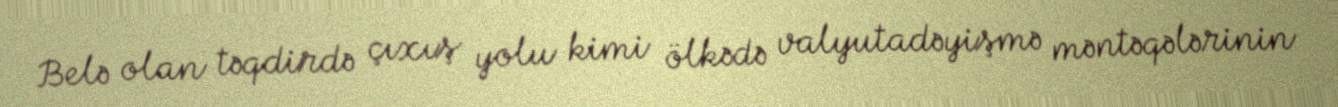
Belə olan təqdirdə çıxış yolu kimi ölkədə valyutadəyişmə məntəqələrinin